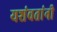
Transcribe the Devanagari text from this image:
यशंवतांनी